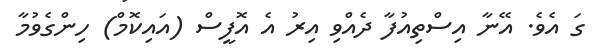
ގަ އެވެ. އޭނާ އިސްތިއުފާ ދެއްވި އިރު އެ އޮފީސް (އައިކޮމް) ހިންގެވުމާ